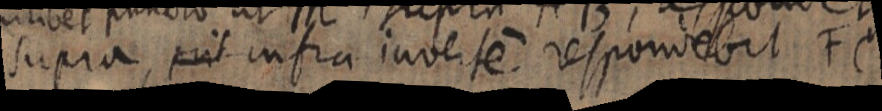
supra, erit infra invertem responiebit FC